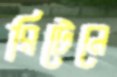
রিটেনে